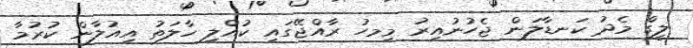
ލީގް މެދު ކަނޑާލަން ޖެހުނުއިރު މިމހު ރާއްޖޭގައި ކުއްލި ހާލަތު އިއުލާން ކުރުމާ